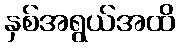
နှစ်အရွယ်အထိ